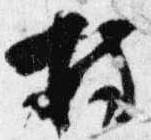
持